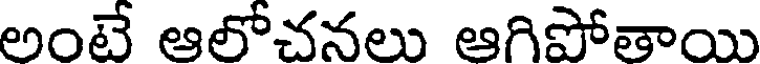
అంటే ఆలోచనలు ఆగిపోతాయి